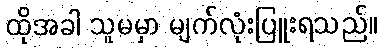
ထိုအခါ သူမမှာ မျက်လုံးပြူးရသည်။